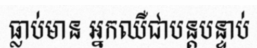
ធ្លាប់មាន អ្នកឈឺជាបន្តបន្ទាប់